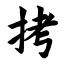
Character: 拷